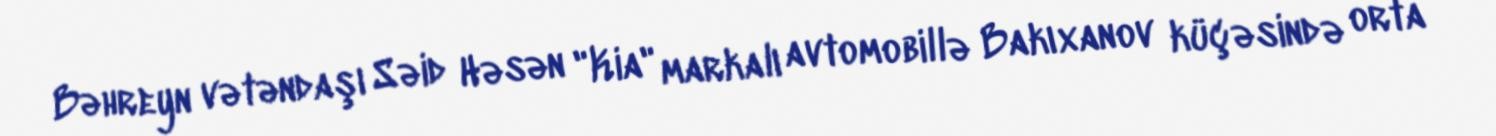
Bəhreyn vətəndaşı Səid Həsən "Kia" markalı avtomobillə Bakıxanov küçəsində orta